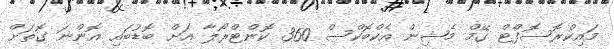
މައިކްރޮސޮފްޓް ގޭމް މެޝިން އެކްބޮކްސް 360 ކޮންޓްރޯލާ އަށް ބޮޑުބައި އޮންނަ ގޮތަށް